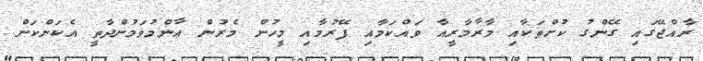
ރާއްޖޭގައި ގޭންގު ކުށްތަކާއި މާރާމާރީއާ ވައްކަމާއި ފޭރުމާއި މީހުން މެރުން ޢާންމުވަމުންދާތީ އެކަންކަން